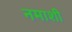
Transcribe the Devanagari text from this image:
नमाशी